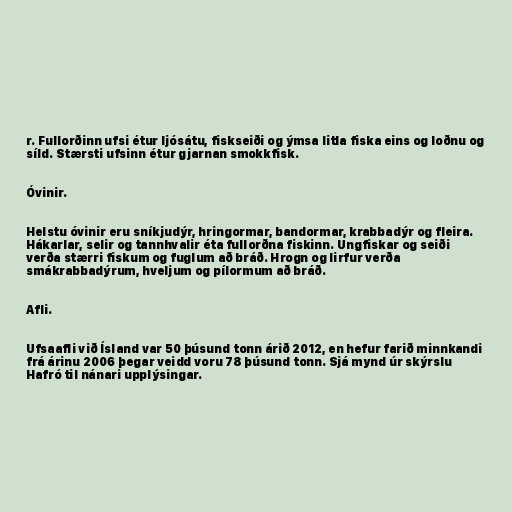
r. Fullorðinn ufsi étur ljósátu, fiskseiði og ýmsa litla fiska eins og loðnu og
síld. Stærsti ufsinn étur gjarnan smokkfisk.

Óvinir.

Helstu óvinir eru sníkjudýr, hringormar, bandormar, krabbadýr og fleira.
Hákarlar, selir og tannhvalir éta fullorðna fiskinn. Ungfiskar og seiði
verða stærri fiskum og fuglum að bráð. Hrogn og lirfur verða
smákrabbadýrum, hveljum og pílormum að bráð.

Afli.

Ufsaafli við Ísland var 50 þúsund tonn árið 2012, en hefur farið minnkandi
frá árinu 2006 þegar veidd voru 78 þúsund tonn. Sjá mynd úr skýrslu
Hafró til nánari upplýsingar.